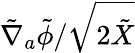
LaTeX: {\tilde{\nabla}_{a}\tilde{\phi}}/{\sqrt{2\tilde{X}}}